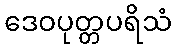
ဒေဝပုတ္တပရိသံ